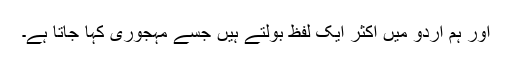
اور ہم اردو میں اکثر ایک لفظ بولتے ہیں جسے مہجوری کہا جاتا ہے۔